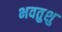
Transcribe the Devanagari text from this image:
भवतुशु